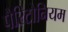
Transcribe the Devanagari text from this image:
पैरिटोनियम